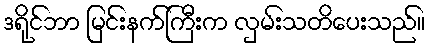
ဒရိုင်ဘာ မြင်းနက်ကြီးက လှမ်းသတိပေးသည်။